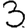
Digit: 3